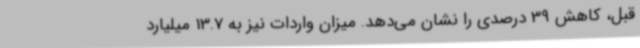
قبل، کاهش 39 درصدی را نشان می‌دهد. میزان واردات نیز به 13.7 میلیارد